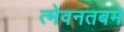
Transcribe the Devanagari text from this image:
त्मेवनतबमे